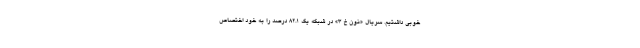
خوبی داشتیم. سریال «نون خ ۳» در شبکه یک ۸۲.۱ درصد را به خود اختصاص